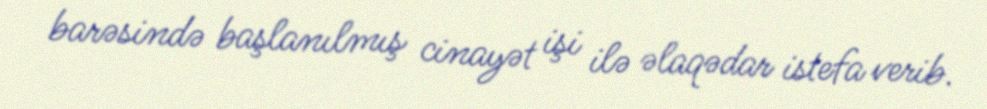
barəsində başlanılmış cinayət işi ilə əlaqədar istefa verib.